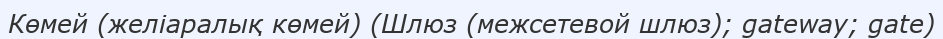
Көмей (желіаралық көмей) (Шлюз (межсетевой шлюз); gateway; gate)